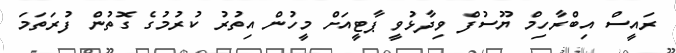
ރައީސް އިބްރާހިމް ޔޫސުފް ވިދާޅުވީ ޕާޓީއަށް މީހުން އިތުރު ކުރުމުގެ ގޮތުން ފުރަތަމަ